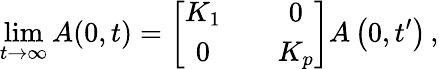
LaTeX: \operatorname*{lim}_{t\rightarrow\infty}A(0,t)=\left[\begin{array}{ccc}{K_{1}}&{}&{0}\\ {0}&{}&{K_{p}}\end{array}\right]A\left(0,t^{\prime}\right)\, ,